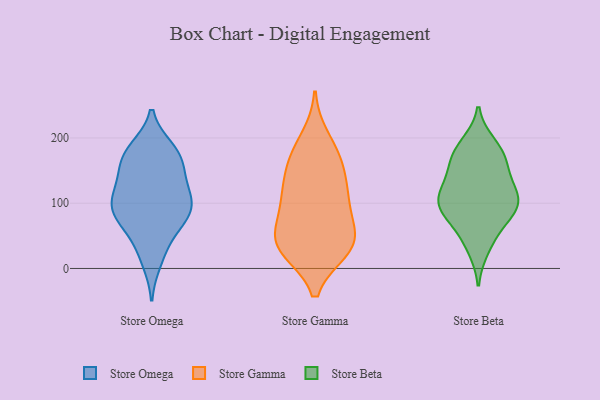
{"axis": {"x": "Operating Costs (USD K)", "y": "Value"}, "legend": ["Store Beta", "Store Gamma", "Store Omega"], "data": [{"x": "", "y": 135, "type": "Store Omega"}, {"x": "", "y": 172, "type": "Store Omega"}, {"x": "", "y": 59, "type": "Store Omega"}, {"x": "", "y": 27, "type": "Store Omega"}, {"x": "", "y": 124, "type": "Store Omega"}, {"x": "", "y": 65, "type": "Store Omega"}, {"x": "", "y": 87, "type": "Store Omega"}, {"x": "", "y": 183, "type": "Store Omega"}, {"x": "", "y": 114, "type": "Store Omega"}, {"x": "", "y": 158, "type": "Store Omega"}, {"x": "", "y": 93, "type": "Store Omega"}, {"x": "", "y": 103, "type": "Store Omega"}, {"x": "", "y": 11, "type": "Store Omega"}, {"x": "", "y": 90, "type": "Store Omega"}, {"x": "", "y": 178, "type": "Store Omega"}, {"x": "", "y": 179, "type": "Store Omega"}, {"x": "", "y": 98, "type": "Store Omega"}, {"x": "", "y": 150, "type": "Store Omega"}, {"x": "", "y": 81, "type": "Store Omega"}, {"x": "", "y": 100, "type": "Store Gamma"}, {"x": "", "y": 83, "type": "Store Gamma"}, {"x": "", "y": 32, "type": "Store Gamma"}, {"x": "", "y": 119, "type": "Store Gamma"}, {"x": "", "y": 55, "type": "Store Gamma"}, {"x": "", "y": 163, "type": "Store Gamma"}, {"x": "", "y": 167, "type": "Store Gamma"}, {"x": "", "y": 200, "type": "Store Gamma"}, {"x": "", "y": 56, "type": "Store Gamma"}, {"x": "", "y": 29, "type": "Store Gamma"}, {"x": "", "y": 169, "type": "Store Gamma"}, {"x": "", "y": 43, "type": "Store Gamma"}, {"x": "", "y": 29, "type": "Store Gamma"}, {"x": "", "y": 114, "type": "Store Gamma"}, {"x": "", "y": 124, "type": "Store Gamma"}, {"x": "", "y": 28, "type": "Store Gamma"}, {"x": "", "y": 123, "type": "Store Beta"}, {"x": "", "y": 180, "type": "Store Beta"}, {"x": "", "y": 147, "type": "Store Beta"}, {"x": "", "y": 111, "type": "Store Beta"}, {"x": "", "y": 190, "type": "Store Beta"}, {"x": "", "y": 101, "type": "Store Beta"}, {"x": "", "y": 175, "type": "Store Beta"}, {"x": "", "y": 94, "type": "Store Beta"}, {"x": "", "y": 31, "type": "Store Beta"}, {"x": "", "y": 167, "type": "Store Beta"}, {"x": "", "y": 139, "type": "Store Beta"}, {"x": "", "y": 104, "type": "Store Beta"}, {"x": "", "y": 91, "type": "Store Beta"}, {"x": "", "y": 93, "type": "Store Beta"}, {"x": "", "y": 48, "type": "Store Beta"}, {"x": "", "y": 73, "type": "Store Beta"}]}